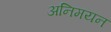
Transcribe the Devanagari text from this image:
अनिमयन